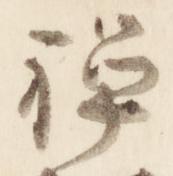
禅